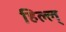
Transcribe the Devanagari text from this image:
हिल्ल्